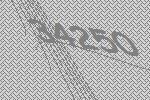
34250